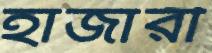
হাজারী